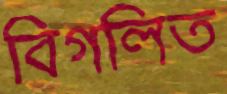
বিগলিত